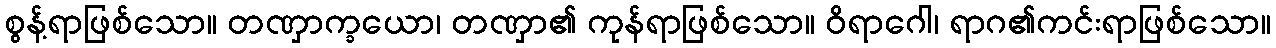
စွန့်ရာဖြစ်သော။ တဏှာက္ခယော၊ တဏှာ၏ ကုန်ရာဖြစ်သော။ ဝိရာဂေါ၊ ရာဂ၏ကင်းရာဖြစ်သော။